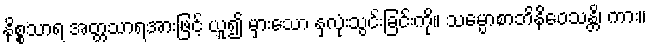
နိစ္စသာရ အတ္တသာရအားဖြင့် ယူ၍ မှားသော နှလုံးသွင်းခြင်းကို။ သမ္ပောစာဘိနိဝေသန္တိ၊ ကား။